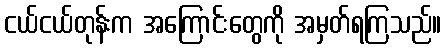
ငယ်ငယ်တုန်းက အကြောင်းတွေကို အမှတ်ရကြသည်။